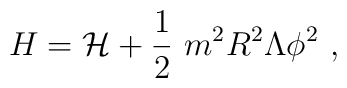
H={\cal H}+\frac{1}{2}\ m^2R^2\Lambda \phi^2\ ,